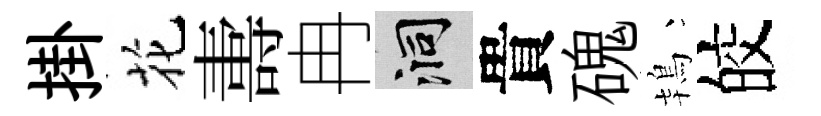
掛花夀冉洞貴磈鴇皎